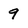
Character: 9